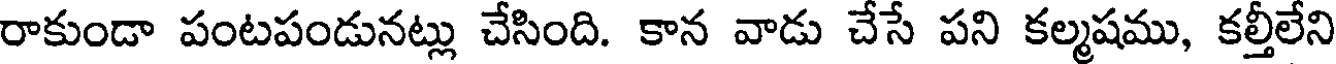
రాకుండా పంటపండునట్లు చేసింది. కాన వాడు చేసే పని కల్మషము, కల్తీలేని